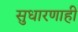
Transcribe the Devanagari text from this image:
सुधारणाही